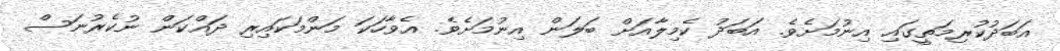
އަބަދުކުރިމަތީގައި އިނުމަށެވެ. އަބަދު ކެމިލާއަށް ބަލަން އިނުމަށެވެ. އެވާހަކަ މަންމަކައިރި ދައްކަން ނުކެރުނަސް